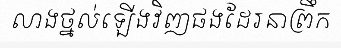
លាងថ្នល់ឡើងវិញផងដែរនាព្រឹក